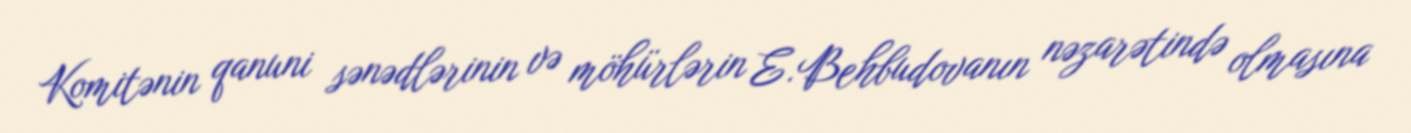
Komitənin qanuni sənədlərinin və möhürlərin E.Behbudovanın nəzarətində olmasına